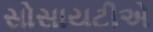
સોસાયટીએ